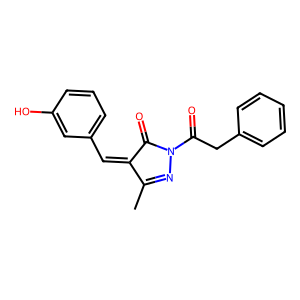
SMILES: CC1=NN(C(=O)Cc2ccccc2)C(=O)C1=Cc1cccc(O)c1
Inhibits HIV replication: No